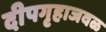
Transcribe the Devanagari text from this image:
दीपगृहाजवळ